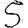
Digit: 5